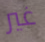
غير